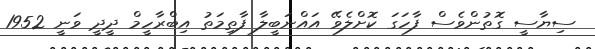
ސިޔާސީ ގޮތުންވެސް ފާހަގަ ކޮށްލެވޭ އައްނަބީލާ ފާތިމަތު އިބްރާހީމް ދީދީ ވަނީ 1952